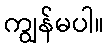
ကျွန်မပါ။